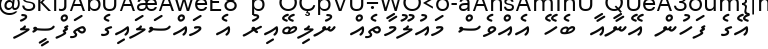
އޭގެ ފަހުން އޭނާއާ ބެހޭ އެއްވެސް މައުލޫމާތެއް ނުލިބޭއިރު އެ މައްސަލައިގެ ތަފްސީލު